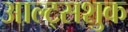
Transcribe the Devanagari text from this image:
आल्ट्सशुक